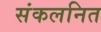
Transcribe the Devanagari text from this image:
संकलनित